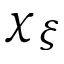
\chi _ { \xi }